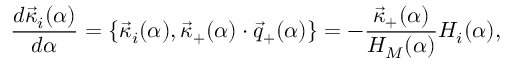
{ \frac { d { \vec { \kappa } } _ { i } ( \alpha ) } { d \alpha } } = \{ { \vec { \kappa } } _ { i } ( \alpha ) , { \vec { \kappa } } _ { + } ( \alpha ) \cdot { \vec { q } } _ { + } ( \alpha ) \} = - { \frac { { \vec { \kappa } } _ { + } ( \alpha ) } { H _ { M } ( \alpha ) } } H _ { i } ( \alpha ) ,